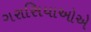
ગરાસિયાઓએ